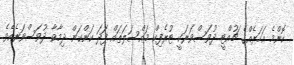
ކޮންމެ އަހަރެއްގެ ޗުއްޓީ ދުވަސްވަރަކީ ޓުރެފިކް މައްސަލަތައް ފަދަ ކަންކަން ދިމާވާ ދުވަސްވަރެކެވެ.